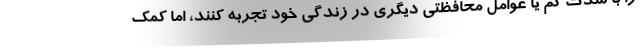
را با شدت کم یا عوامل محافظتی دیگری در زندگی خود تجربه کنند، اما کمک